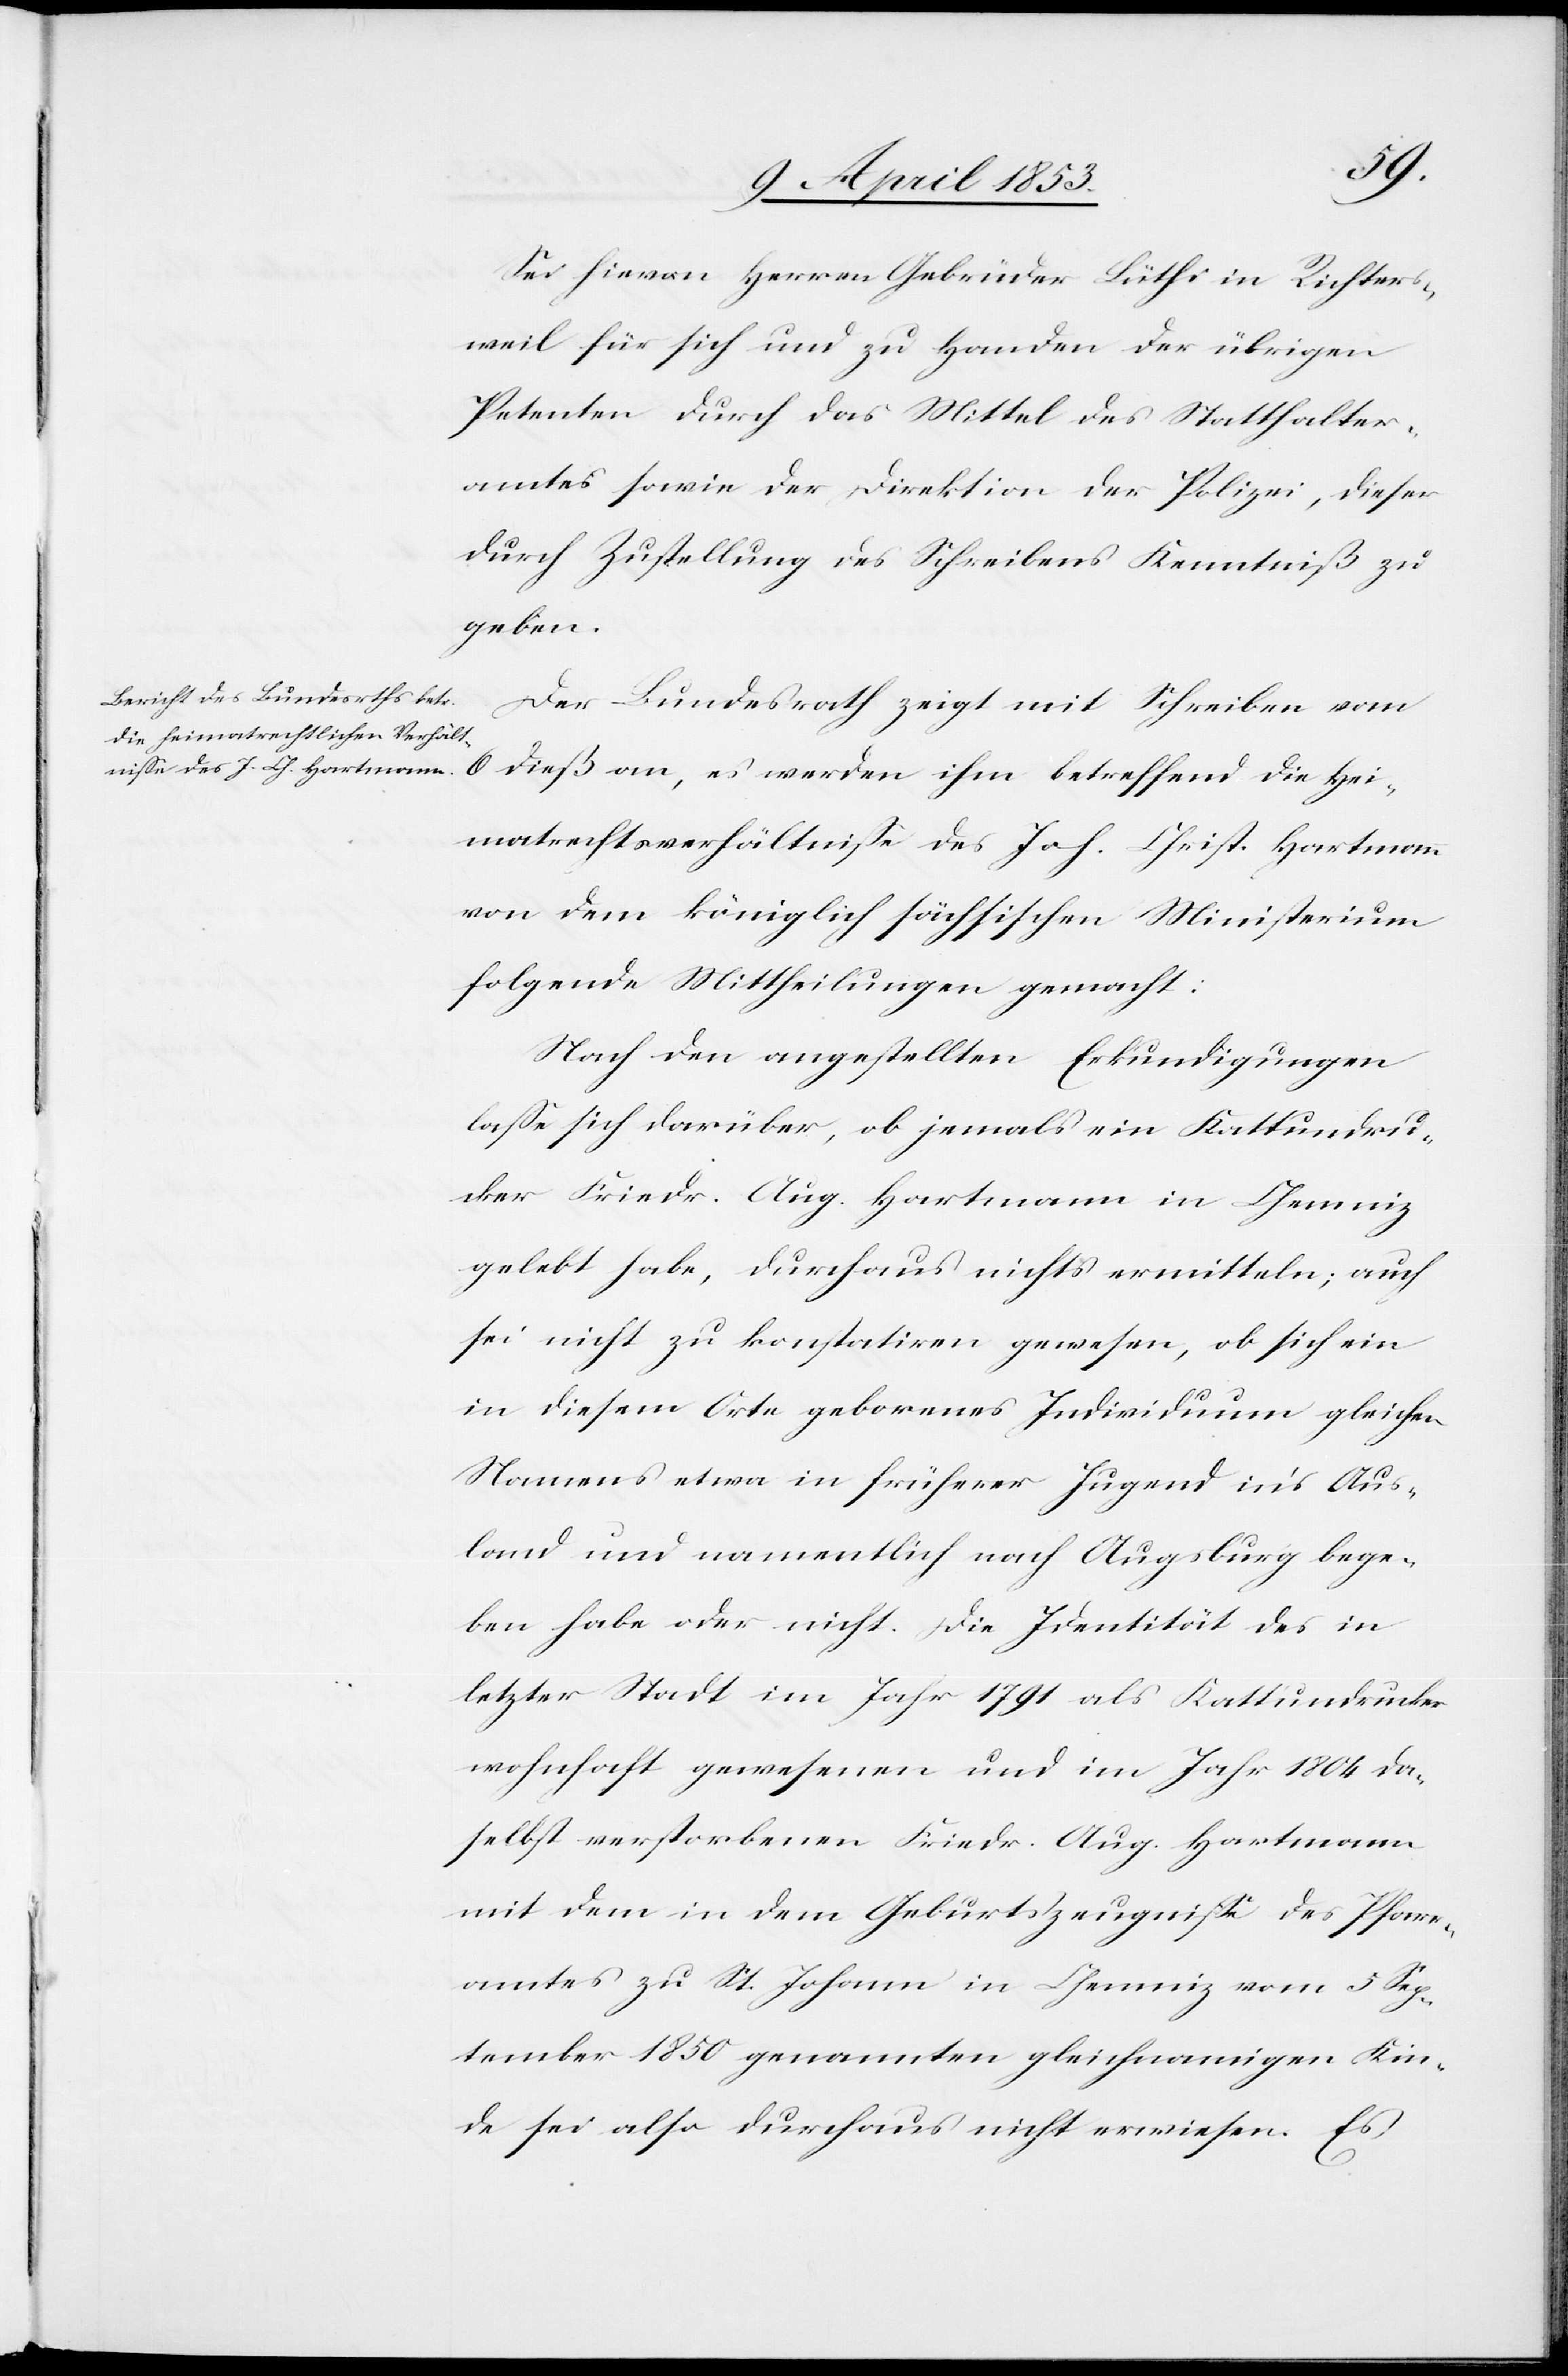
Sei hievon Herren Gebrüder Lüthi in Richtersch¬
weil für sich und zu Handen der übrigen
Petenten durch das Mittel des Statthalter¬
amtes sowie der Direktion der Polizei, dieser
durch Zustellung des Schreibens Kenntniß zu
geben.
Der Bundesrath zeigt mit Schreiben vom
6 dieß an, es werden ihm betreffend die Hei¬
matsverhältniße des Joh. Christ. Hartmann
von dem königlich sächsischen Ministerium
folgende Mittheilungen gemacht:
Nach den angestellten Erkundigungen
laße sich darüber, ob jemals ein Kattundru¬
cker Friedr. Aug. Hartmann in Chemniz
gelebt habe, durchaus nichts ermitteln; auch
sei nicht zu konstatiren gewesen, ob sich ein
in diesem Orte geborenes Individuum gleichen
Namens etwa in früherer Jugend in’s Aus¬
land und namentlich nach Augsburg bege¬
ben habe oder nicht. Die Identität des in
letzter Stadt im Jahr 1791 als Kattundrucker
wohnhaft gewesenen und im Jahr 1804 da¬
selbst verstorbenen Friedr. Aug. Hartmann
mit dem in dem Geburtszeugniße des Pfarr¬
amtes zu St. Johann in Chemniz vom 5 Sep¬
tember 1850 genannten gleichnamigen Kin¬
de sei also durchaus nicht erwiesen. Es